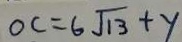
O C = 6 \sqrt { 1 3 } + y